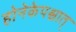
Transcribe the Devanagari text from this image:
होनेकेपश्चात्